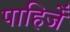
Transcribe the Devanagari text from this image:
पाहिजेँ